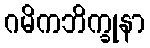
ဂမိကဘိက္ခုနာ